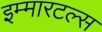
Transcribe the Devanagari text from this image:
इम्मारटल्स